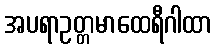
အပရာဥတ္တမာထေရီဂါထာ